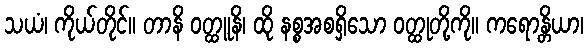
သယံ၊ ကိုယ်တိုင်။ တာနိ ဝတ္ထူနိ၊ ထို နစ္စအစရှိသော ဝတ္ထုတို့ကို။ ကရောန္တိယာ၊